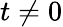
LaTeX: t\ne 0